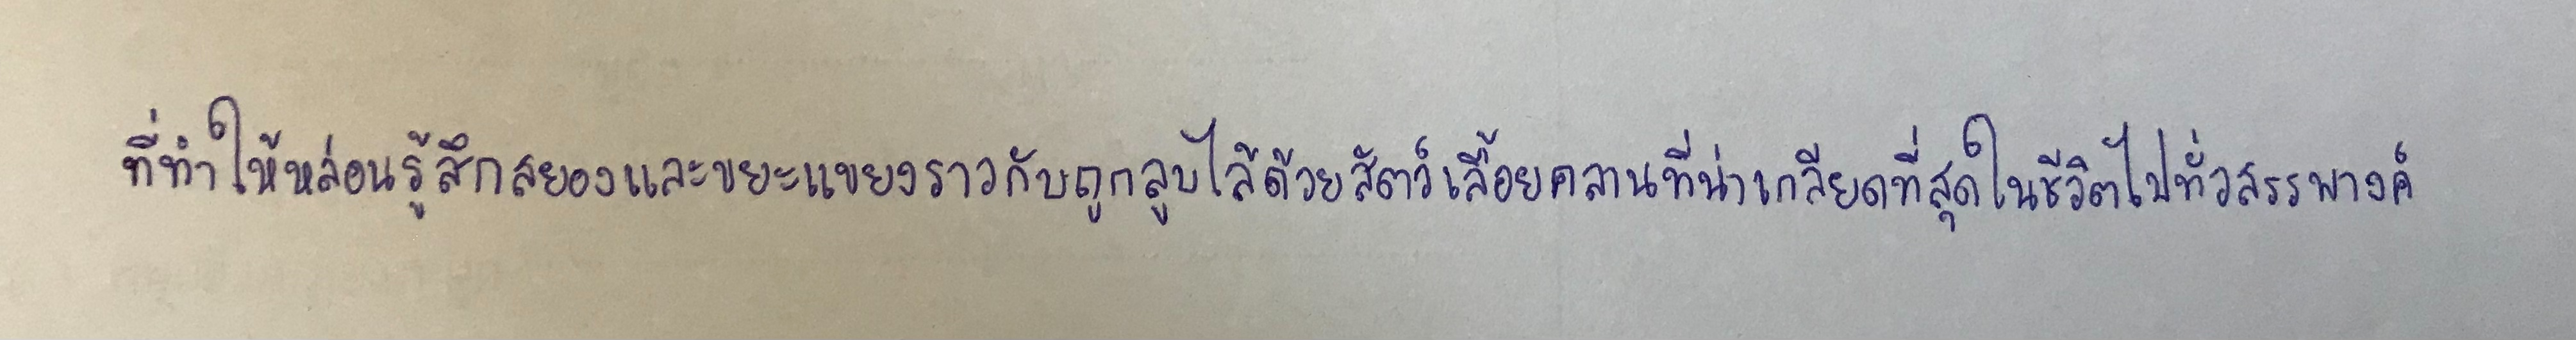
ที่ทำให้หล่อนรู้สึกสยองและขยะแขยงราวกับถูกลูบไล้ด้วยสัตว์เลื้อยคลานที่น่าเกลียดที่สุดในชีวิตไปทั่วสรรพางค์